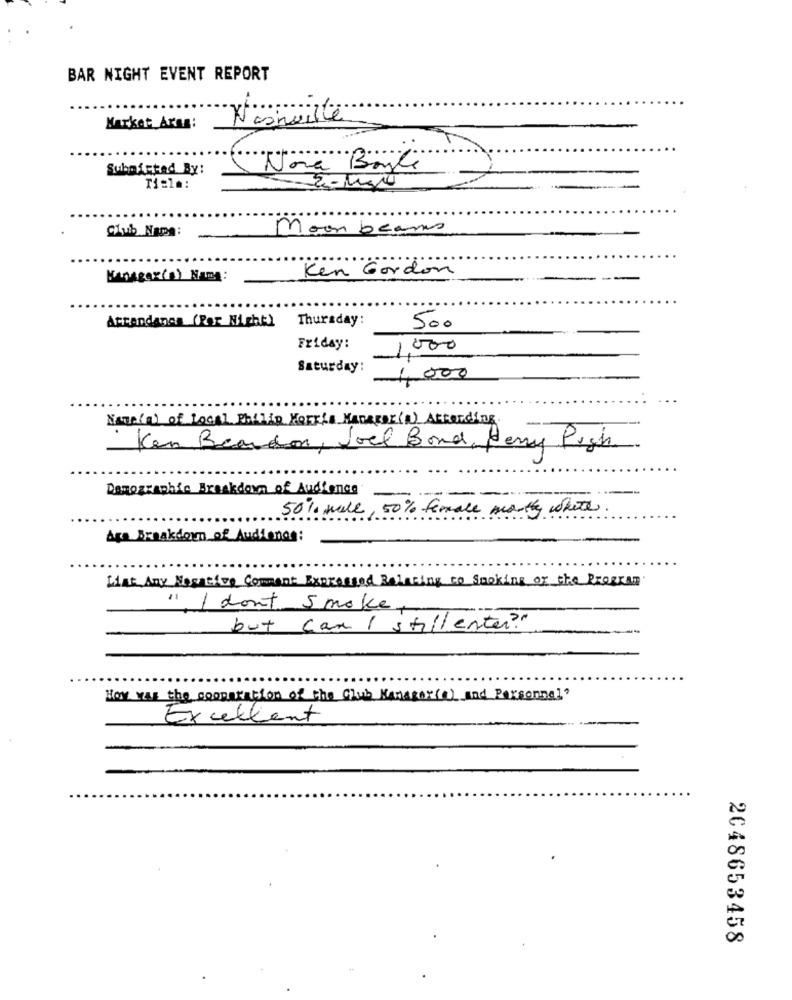
BAR NIGHT EVENT REPORT
Market Ares:
Nashville
Submitted By:
Nova Boyle
Ti:1a:
Moon beams
Club Name:
Ken Gordon
Manager(s) Name:
Attendance (Per Night) Thursday:
500
Friday:
1000
Saturday:
1,000
Naup(1) of Local Philip Morris Manager(a) Attending.
Ken Beardon, Joel Bond, Henry Pigh
Demographic Breakdown of Audience
50% will, 50% female monthy white
Are Breakdown of Audionos:
List Any Negative Comment Expressed Relating to Smoking or the Program.
" I don't Smoke,
but can I stillenter?"
How was the cooperation of the club Kanspor(a) and Personnal?
Excellent
2048653458